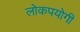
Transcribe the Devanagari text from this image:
लोकपयोगी